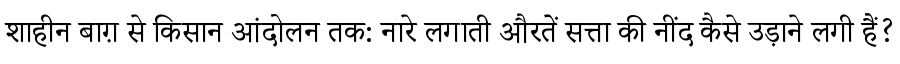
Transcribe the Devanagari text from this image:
शाहीन बाग़ से किसान आंदोलन तक: नारे लगाती औरतें सत्ता की नींद कैसे उड़ाने लगी हैं?